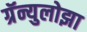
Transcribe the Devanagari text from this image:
ग्रॅन्युलोझा